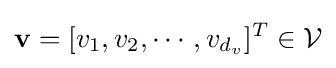
\mathbf {v} =[v_{1},v_{2},\cdots ,v_{d_{v}}]^{T}\in {\mathcal {V}}